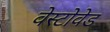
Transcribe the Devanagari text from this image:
वेस्टोवेड